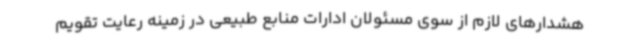
هشدارهای لازم از سوی مسئولان ادارات منابع طبیعی در زمینه رعایت تقویم